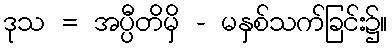
ဒုသ = အပ္ပီတိမှိ - မနှစ်သက်ခြင်း၌။